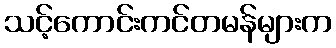
သင့်ကောင်းကင်တမန်များက